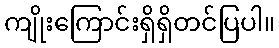
ကျိုးကြောင်းရှိရှိတင်ပြပါ။